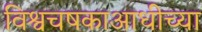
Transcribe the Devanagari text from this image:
विश्वचषकाआधीच्या